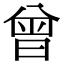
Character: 曾